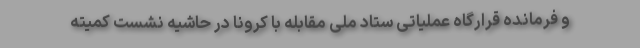
و فرمانده قرارگاه عملیاتی ستاد ملی مقابله با کرونا در حاشیه نشست کمیته